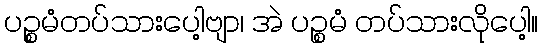
ပဉ္စမံတပ်သားပေါ့ဗျာ၊ အဲ ပဉ္စမံ တပ်သားလိုပေါ့။